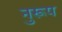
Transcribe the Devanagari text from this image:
नुरूप